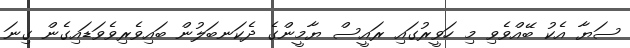
ސަޔާ އެކު ބޭއްވެވި މި ހަވީރުގައި ރައީސް ޔާމީންގެ ދެކަނބަލުން ބައިވެރިވެވަޑައިގެން ގިނަ